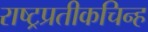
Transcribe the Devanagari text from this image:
राष्ट्रप्रतीकचिन्ह